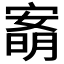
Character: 𡪙